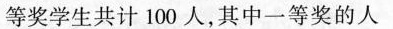
等奖学生共计100人，其中一等奖的人